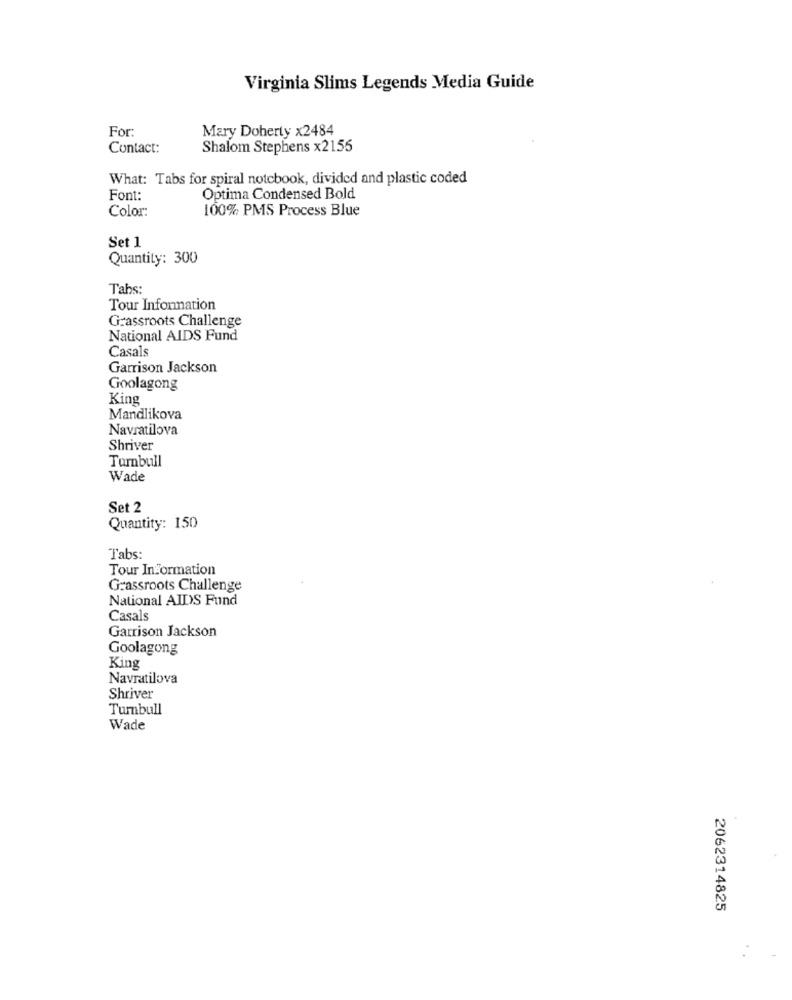
Virginia Slims Legends Media Guide
For:
Mary Doherty x2484
Contact:
Shalom Stephens x2155
What: Tabs for spiral notebook, divided and plastic coded
Font:
Optima Condensed Bold
Color:
100% PMS Process Blue
Set 1
Quantity: 300
Tabs:
Tour Information
Grassroots Challenge
National AIDS Fund
Casals
Garrison Jackson
Goolagong
King
Mandlikova
Navratilova
Shriver
Turnbull
Wade
Set 2
Quantity: 150
Tabs:
Tour Information
Grassroots Challenge
National AIDS Fund
Casals
Garrison Jackson
Goolagong
King
Navratilova
Shriver
Turnbull
Wade
2062314825